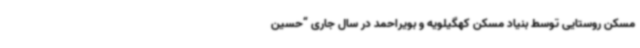
مسکن روستایی توسط بنیاد مسکن کهگیلویه و بویراحمد در سال جاری “حسین